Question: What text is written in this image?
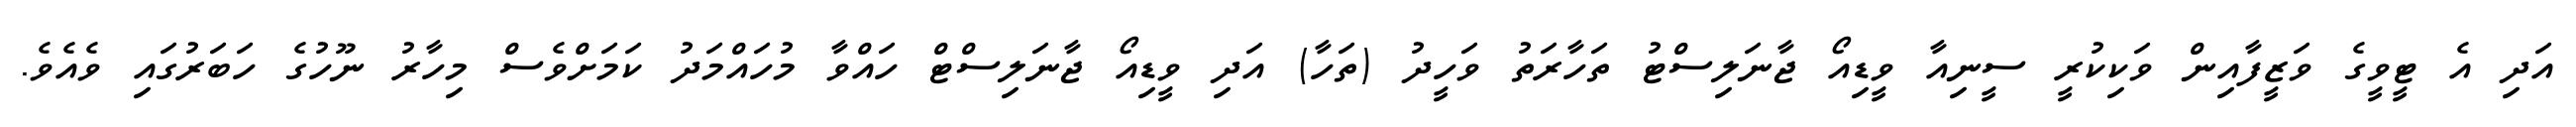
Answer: އަދި އެ ޓީވީގެ ވަޒީފާއިން ވަކިކުރީ ސީނިއާ ވީޑިއޯ ޖާނަލިސްޓު ތަހާރަތު ވަހީދު (ތަހާ) އަދި ވީޑިއޯ ޖާނަލިސްޓް ހައްވާ މުހައްމަދު ކަމަށްވެސް މިހާރު ނޫހުގެ ހަބަރުގައި ވެއެވެ.